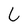
Character: L